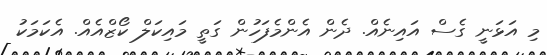
މި އަޅަނީ ގެސް އައިނެއް. ދެން އެންމެފަހުން ގަތީ މައިކަލް ކޯޒްއެއް. އެކަމަކު